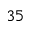
^ { 3 5 }